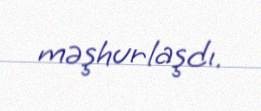
məşhurlaşdı.